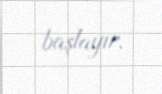
başlayır.